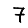
Digit: 7